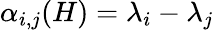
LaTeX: \alpha_{i,j}(H)=\lambda_{i}-\lambda_{j}